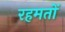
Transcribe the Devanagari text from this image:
रहमतों